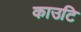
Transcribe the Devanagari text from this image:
काउटि